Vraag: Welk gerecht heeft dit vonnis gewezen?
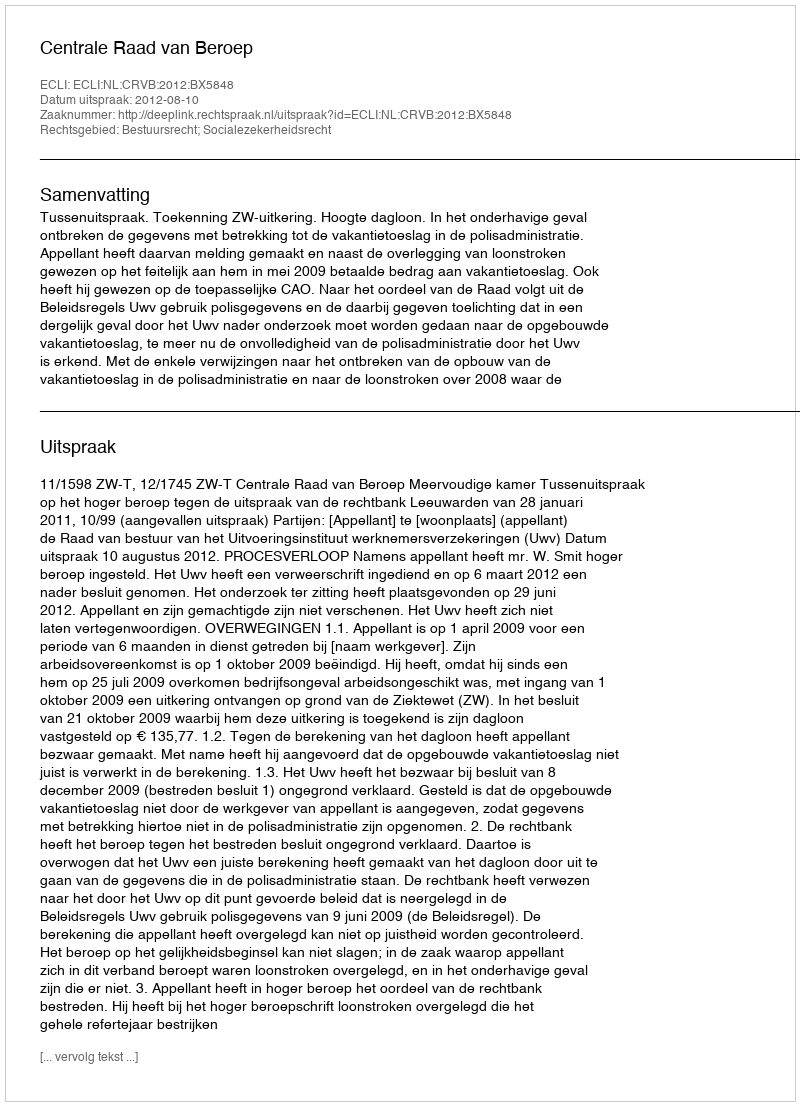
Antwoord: Centrale Raad van Beroep